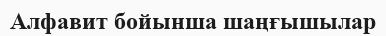
Алфавит бойынша шаңғышылар